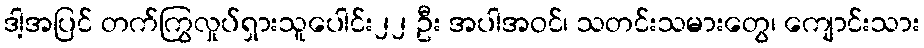
ဒါ့အပြင် တက်ကြွလှုပ်ရှားသူပေါင်း၂၂ ဦး အပါအဝင်၊ သတင်းသမားတွေ၊ ကျောင်းသား